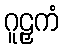
ဂူဠှကံ